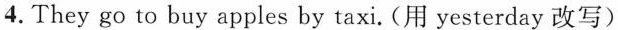
4.They go to buy apples by taxi.(用 yesterday 改写)